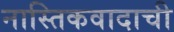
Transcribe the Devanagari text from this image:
नास्तिकवादाची